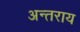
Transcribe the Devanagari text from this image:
अन्तराय